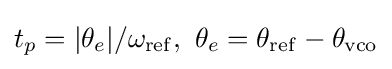
t_{p}=|\theta _{e}|/\omega _{\rm {ref}},\ \theta _{e}=\theta _{\rm {ref}}-\theta _{\rm {vco}}